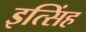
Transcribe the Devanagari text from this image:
इत्सिंह